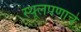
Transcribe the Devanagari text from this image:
स्थूलपणाचे